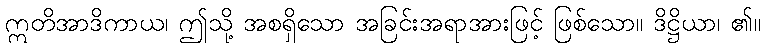
ဣတိအာဒိကာယ၊ ဤသို့ အစရှိသော အခြင်းအရာအားဖြင့် ဖြစ်သော။ ဒိဋ္ဌိယာ၊ ၏။